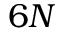
6 N